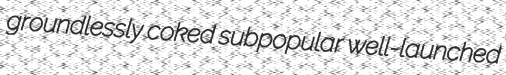
groundlessly coked subpopular well-launched